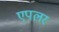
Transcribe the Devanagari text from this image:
एपलर